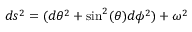
d s ^ { 2 } = ( d { \theta } ^ { 2 } + \sin ^ { 2 } ( \theta ) d { \phi } ^ { 2 } ) + { \omega } ^ { 2 }